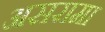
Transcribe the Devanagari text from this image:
असरामा